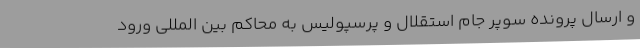
و ارسال پرونده سوپر جام استقلال و پرسپولیس به محاکم بین المللی ورود